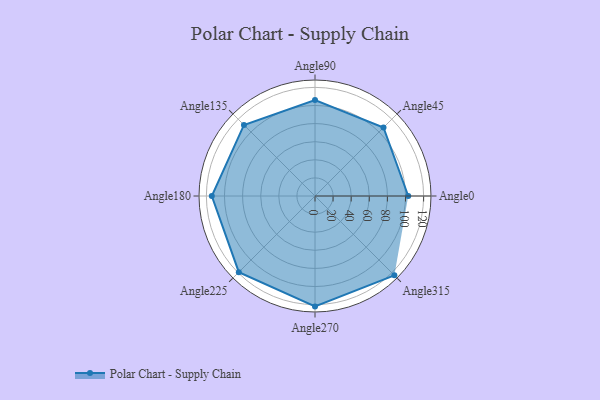
{"axis": {"x": "Angle", "y": "Radius"}, "legend": [""], "data": [{"x": "Angle0", "y": 103.0, "type": ""}, {"x": "Angle45", "y": 107.0, "type": ""}, {"x": "Angle90", "y": 106.0, "type": ""}, {"x": "Angle135", "y": 111.0, "type": ""}, {"x": "Angle180", "y": 114.0, "type": ""}, {"x": "Angle225", "y": 119.0, "type": ""}, {"x": "Angle270", "y": 122.0, "type": ""}, {"x": "Angle315", "y": 124.0, "type": ""}]}